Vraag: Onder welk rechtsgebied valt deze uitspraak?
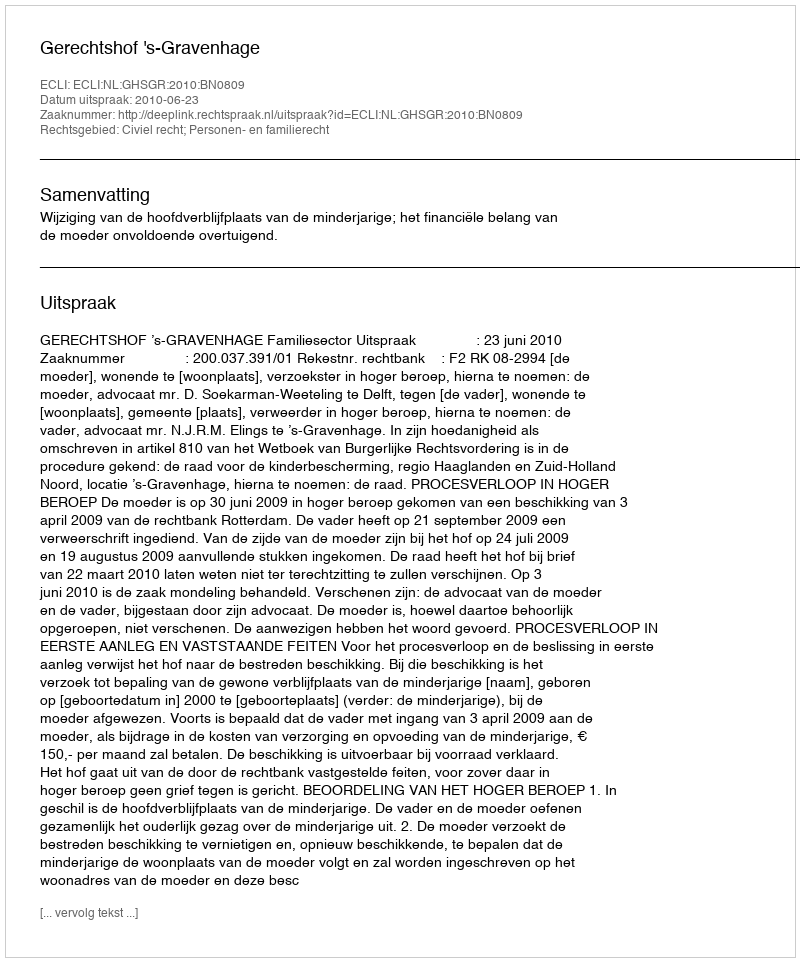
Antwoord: Civiel recht; Personen- en familierecht